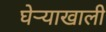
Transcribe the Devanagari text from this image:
घेर्‍याखाली